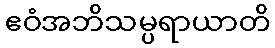
ဧဝံအဘိသမ္ပရာယာတိ